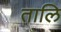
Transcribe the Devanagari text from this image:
तालि